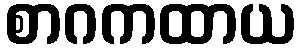
စာဂကထာယ